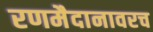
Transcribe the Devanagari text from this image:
रणमैदानावरच